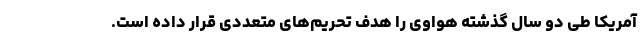
آمریکا طی دو سال گذشته هواوی را هدف تحریم‌های متعددی قرار داده است.